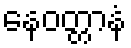
နေဝတ္တာနံ